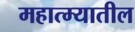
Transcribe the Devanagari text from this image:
महात्म्यातील